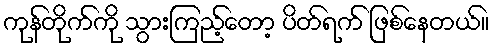
ကုန်တိုက်ကို သွားကြည့်တော့ ပိတ်ရက် ဖြစ်နေတယ်။